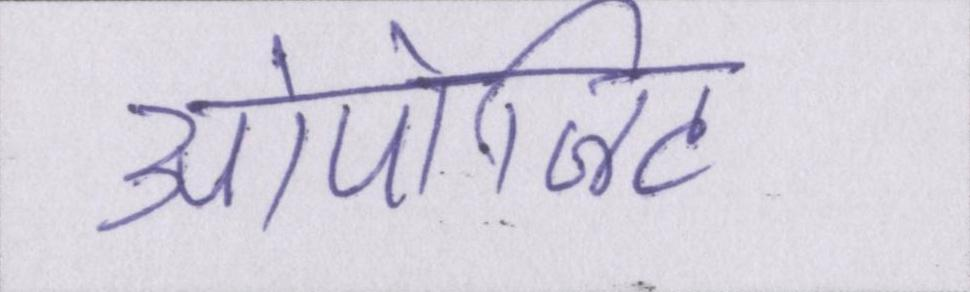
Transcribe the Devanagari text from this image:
ओपोजिट